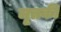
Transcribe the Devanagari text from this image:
मृतकी